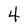
Character: 4